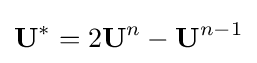
\mathbf {U} ^{*}=2\mathbf {U} ^{n}-\mathbf {U} ^{n-1}